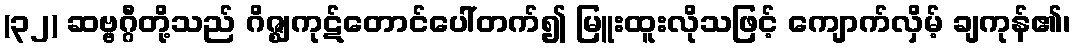
(၃၂) ဆဗ္ဗဂ္ဂီတို့သည် ဂိဇ္ဈကုဋ်တောင်ပေါ်တက်၍ မြူးထူးလိုသဖြင့် ကျောက်လှိမ့် ချကုန်၏၊